Civil Veterinary Dept. North-West Frontier Province 1933-46 - 1933-1946
Year: 1933
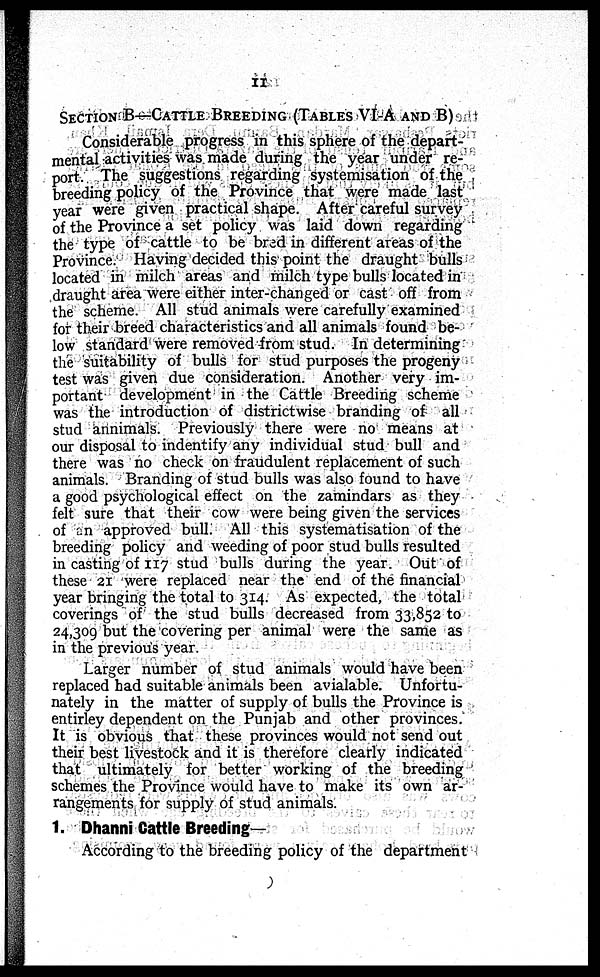
11
SECTION B—CATTLE BREEDING (TABLES VI-A AND B)
Considerable progress in this sphere of the depart-
mental activities was made during the year under re-
port. The suggestions regarding systemisation of the
breeding policy of the Province that were made last
year were given practical shape. After careful survey
of the Province a set policy was laid down regarding
the type of cattle to be bred in different areas of the
Province. Having decided this point the draught bulls
located in milch areas and milch type bulls located in
draught area were either inter-changed or cast off from
the scheme. All stud animals were carefully examined
for their breed characteristics and all animals found be-
low standard were removed from stud. In determining
the suitability of bulls for stud purposes the progeny
test was given due consideration. Another very im-
portant development in the Cattle Breeding scheme
was the introduction of districtwise branding of all
stud annimals. Previously there were no means at
our disposal to indentify any individual stud bull and
there was no check on fraudulent replacement of such
animals. Branding of stud bulls was also found to have
a good psychological effect on the zamindars as they
felt sure that their cow were being given the services
of an approved bull. All this systematisation of the
breeding policy and weeding of poor stud bulls resulted
in casting of 117 stud bulls during the year. Out of
these 21 were replaced near the end of the financial
year bringing the total to 314. As expected, the total
coverings of the stud bulls decreased from 33,852 to
24,309 but the covering per animal were the same as
in the previous year
Larger number of stud animals would have been
replaced had suitable animals been avialable. Unfortu-
nately in the matter of supply of bulls the Province is
entirley dependent on the Punjab and other provinces.
It is obvious that these provinces would not send out
their best livestock and it is therefore clearly indicated
that ultimately for better working of the breeding
schemes the Province would have to make its own ar-
rangements for supply of stud animals.
1. Dhanni Cattle Breeding—
According to the breeding policy of the department